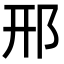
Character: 邢